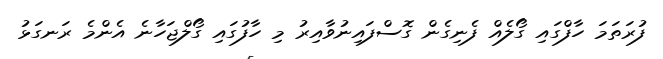
ފުރަތަމަ ހާފްގައި ގޯލެއް ފެނިގެން ގޮސްފައިނުވާއިރު މި ހާފުގައި ގޯލްޖަހާނެ އެންމެ ރަނގަޅު